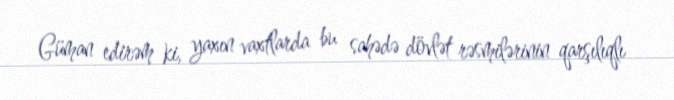
Güman edirəm ki, yaxın vaxtlarda bu sahədə dövlət rəsmilərinin qarşılıqlı